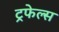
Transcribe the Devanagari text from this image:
ट्रफेल्स